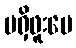
မရှိဖူးပေ